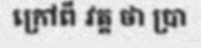
ក្រៅពី វត្ត ថា ប្រា